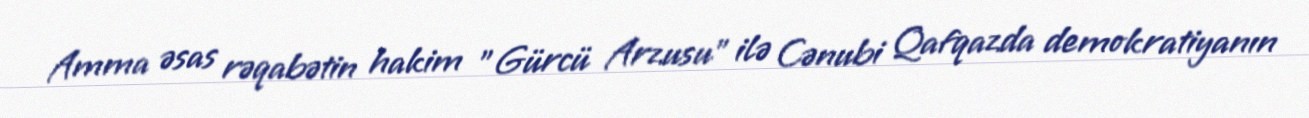
Amma əsas rəqabətin hakim "Gürcü Arzusu" ilə Cənubi Qafqazda demokratiyanın